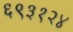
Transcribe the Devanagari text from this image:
६९३१२४